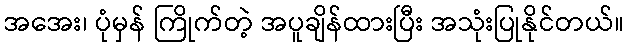
အအေး၊ ပုံမှန် ကြိုက်တဲ့ အပူချိန်ထားပြီး အသုံးပြုနိုင်တယ်။